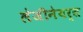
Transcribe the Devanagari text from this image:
लेजीनेयर्स